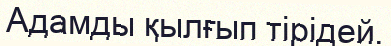
Адамды қылғып тірідей.